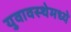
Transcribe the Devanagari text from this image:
युवावस्थेमध्ये